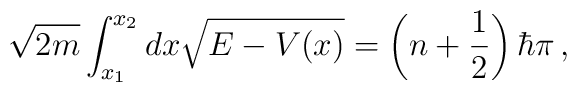
\sqrt{2m} \int^{x_2}_{x_1} dx \sqrt{E - V(x)} =\left(n + \frac{1}{2}\right)\hbar\pi\,,